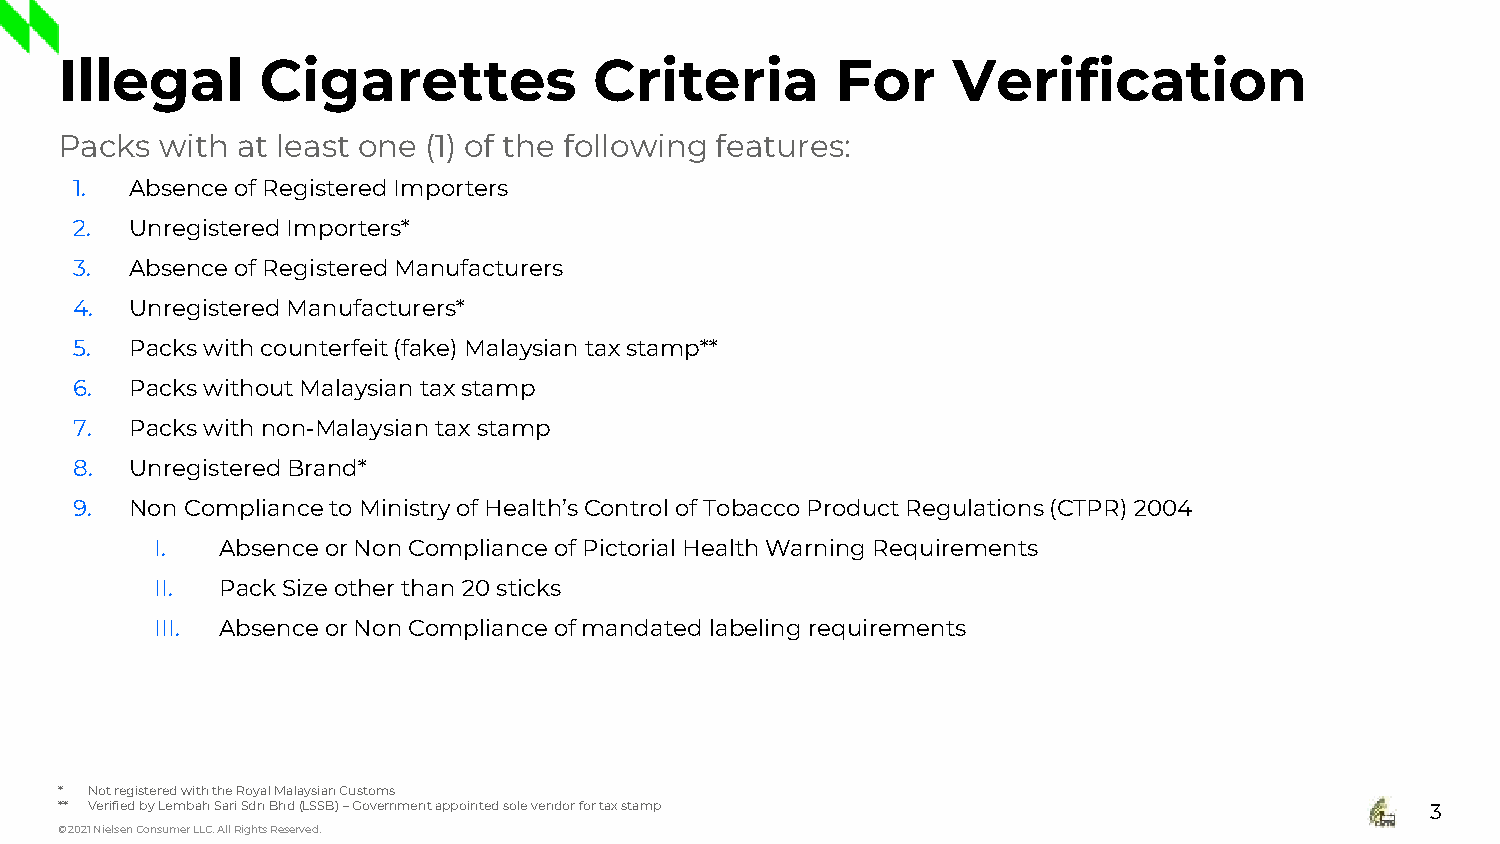
Illegal      Cigarettes            Criteria        For     Verification
 Packs  with at least one (1) of the following features:
 1.  Absence of Registered Importers
 2.  Unregistered Importers*
 3.  Absence of Registered Manufacturers
 4.  Unregistered Manufacturers*
 5.  Packs with counterfeit (fake) Malaysian tax stamp**
 6.  Packs without Malaysian tax stamp
 7.  Packs with non-Malaysian tax stamp
 8.  Unregistered Brand*
 9.  Non Compliance to Ministry of Health’s Control of Tobacco Product Regulations (CTPR) 2004
 I.   Absence or Non Compliance of Pictorial Health Warning Requirements
 II.  Pack Size other than 20 sticks
 III. Absence or Non Compliance of mandated labeling requirements
 * Not registered with the Royal Malaysian Customs
 ** Verified by LembahSari SdnBhd(LSSB) –Government appointed sole vendor for tax stamp     3
 © 2021 Nielsen Consumer LLC. All Rights Reserved.